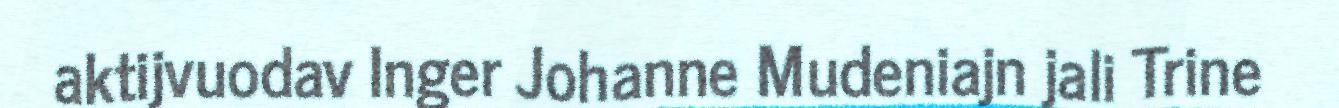
aktijvuodav Inger Johanne Mudeniajn jali Trine